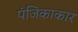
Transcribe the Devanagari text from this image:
पंजिकाकार